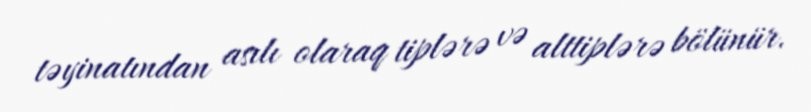
təyinatından asılı olaraq tiplərə və alttiplərə bölünür.